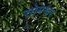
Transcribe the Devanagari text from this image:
सोमश्वर